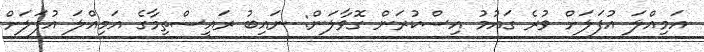
އަމިއްލަ އުފަލަށް ވުރެ ގައުމު އިސްކުރަން ގޮވާލަން: ނައިބު ރައީސްތިމާގެ އަމިއްލަ އުފަލަށް